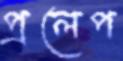
প্রলেপ